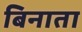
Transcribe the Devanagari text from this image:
बिनाता